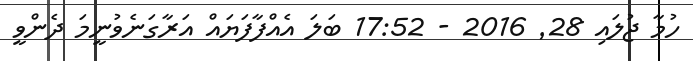
ހުމާ ޖުލައި 28